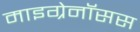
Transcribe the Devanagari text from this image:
माइग्रेनॉसस